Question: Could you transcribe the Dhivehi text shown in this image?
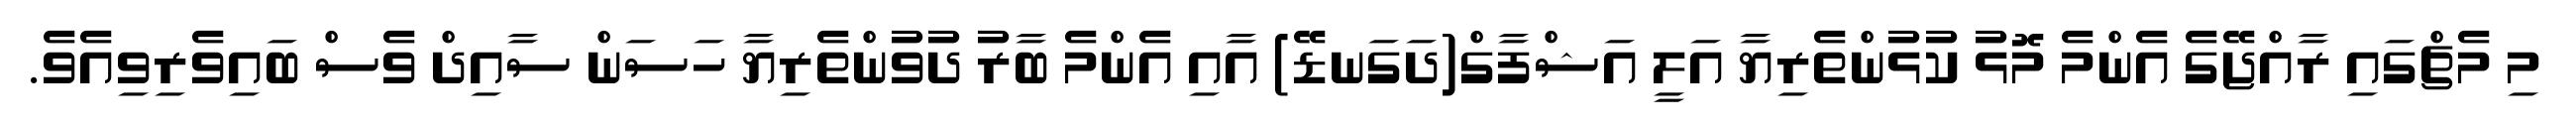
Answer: މި މެޗްގައި ރާއްޖޭގެ އެންމެ މޮޅު ކުޅުންތެރިޔާ އަލީ އަޝްފާގް(ދަގަނޑޭ) އާއި އެންމެ ބާރު ދުވުންތެރިޔާ ހަސަން ސާއިދް ވެސް ބައިވެރިވިއެވެ.